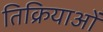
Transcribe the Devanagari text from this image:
तिक्रियाओं